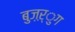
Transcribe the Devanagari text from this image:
बुज़ऱ्ुग